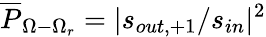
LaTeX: \overline{{P}}_{\Omega-\Omega_{r}}=|s_{out,+1}/s_{in}|^{2}